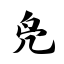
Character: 凫